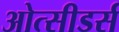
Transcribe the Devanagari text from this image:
ओत्सीडर्स